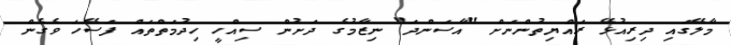
މާލޭގައި ދިރިއުޅޭ ރައްޔިތުންނަށް "އާސަންދަ" ނިޒާމުގެ ދަށުން ސިއްހީ ހިދުމަތްތައް ފަސޭހަ ވެގެން